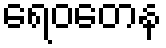
ရေဝတေန